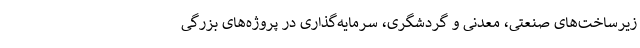
زیرساخت‌های صنعتی، معدنی و گردشگری، سرمایه‌گذاری در پروژه‌های بزرگی